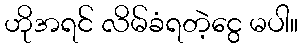
ဟိုအရင် လိမ်ခံရတဲ့ငွေ မပါ။